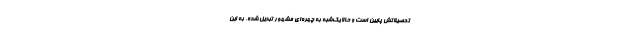
تحصیلاتش پایین است و حالا یک‌شبه به چهره‌ای مشهور تبدیل ‌شده، به این